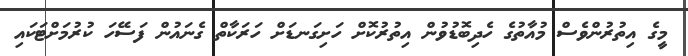
މީގެ އިތުރުންވެސް މުއާތުގެ ހެދިބޮޑުވުން އިތުރުކޮށް ހަށިގަނޑަށް ހަރަކާތް ގެނައުން ފަސޭހަ ކުރުމަށްޓަކައި